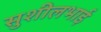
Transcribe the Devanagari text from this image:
सुशीलभाई